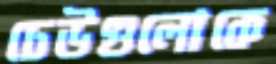
ঢেউগুলোকে